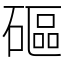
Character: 𥕥